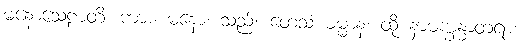
မနောသေဠာတိ၊ ကား။ မနော၊ သည်။ တေသံ ဓမ္မာနံ၊ ထို နာမက္ခန္ဓာတရား